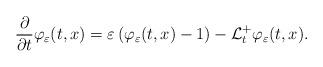
LaTeX: \begin{align*}\frac{\partial }{\partial t}\varphi _{\varepsilon }(t,x)=\varepsilon \left(\varphi _{\varepsilon }(t,x)-1\right) -\mathcal{L}_{t}^{+}\varphi_{\varepsilon }(t,x).\end{align*}